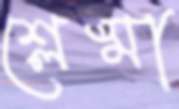
শ্লেষ্মা